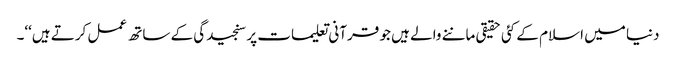
دنیا میں اسلام کے کئی حقیقی ماننے والے ہیں جو قرآنی تعلیمات پر سنجیدگی کے ساتھ عمل کرتے ہیں‘‘۔